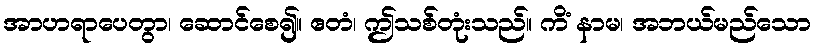
အာဟရာပေတွာ၊ ဆောင်စေ၍။ ဧတံ၊ ဤသစ်တုံးသည်။ ကိံ နာမ၊ အဘယ်မည်သော